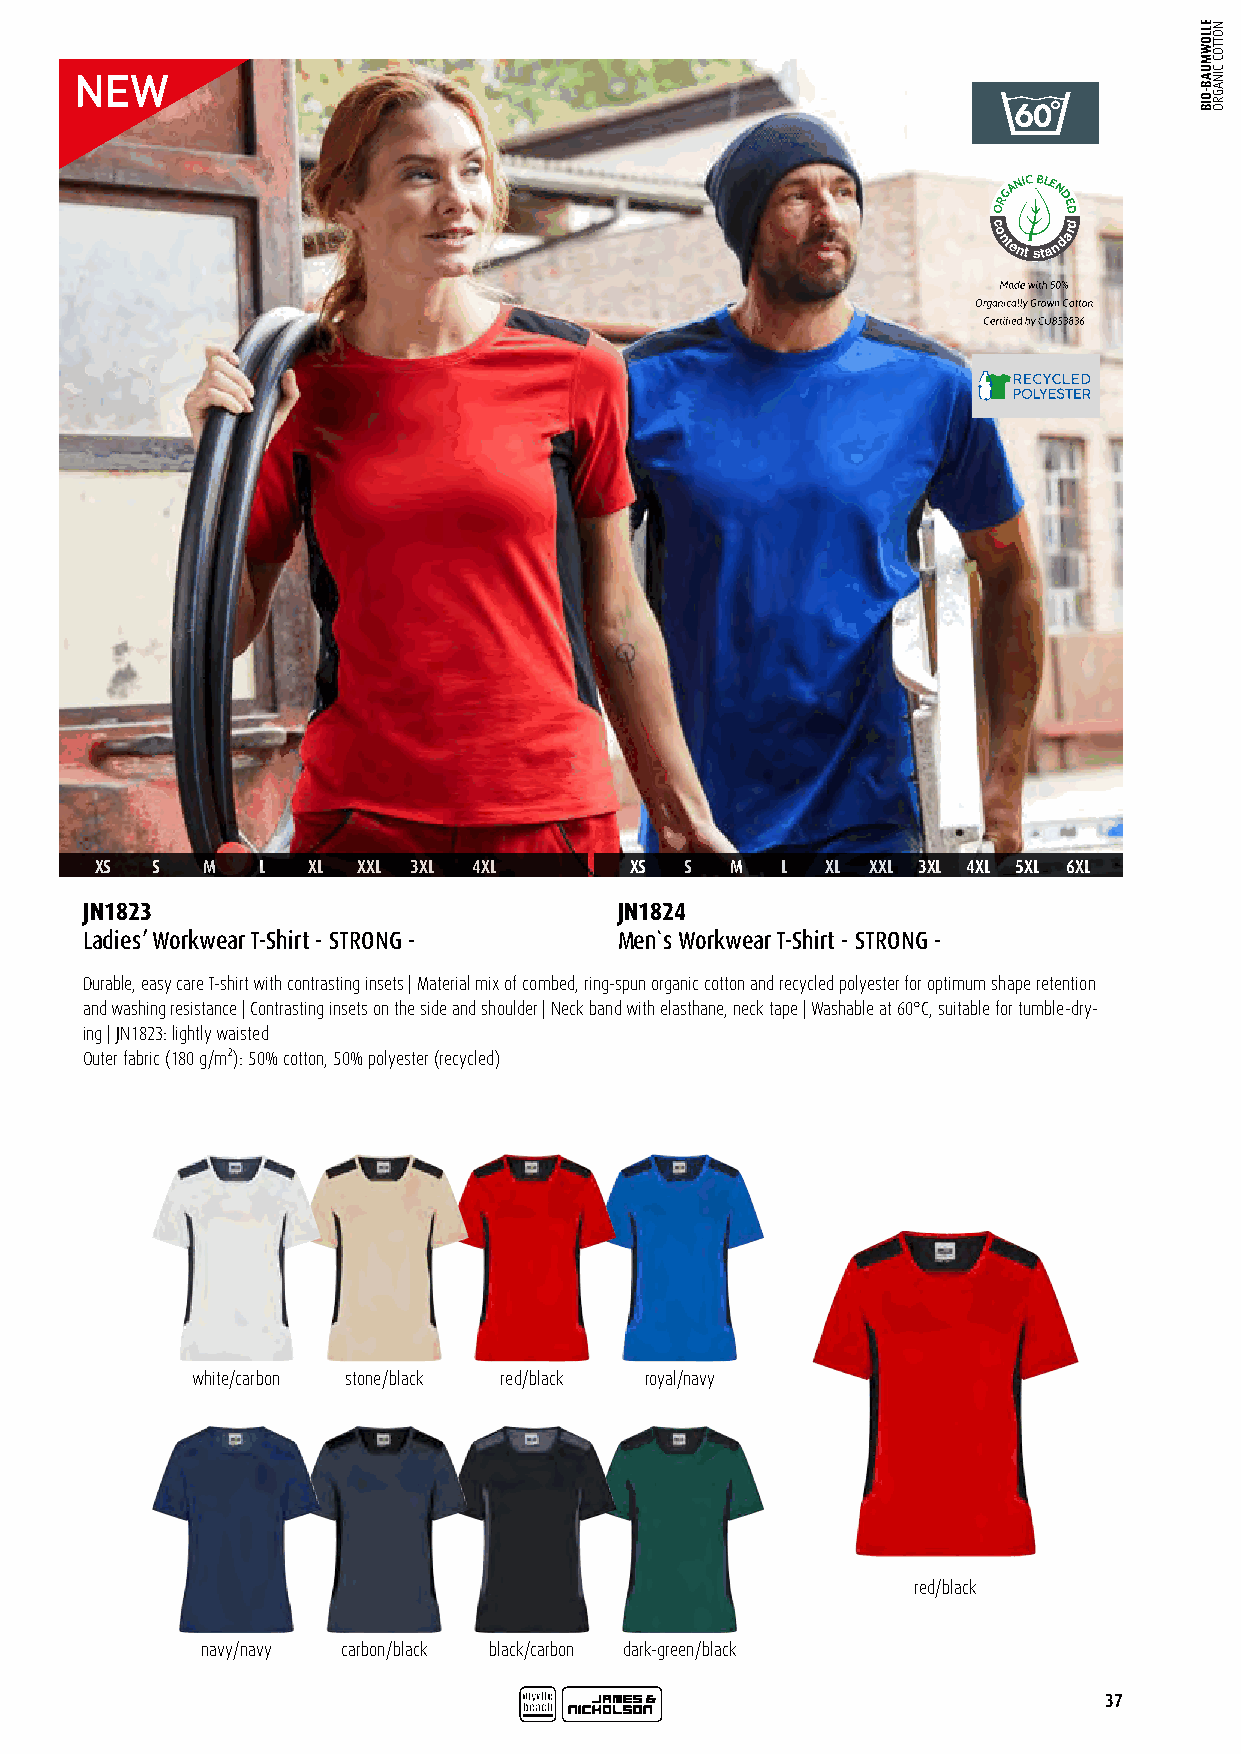
GANIC BLE
 N
 OR  DED
 c
 o
 ntent
 sta
 ndard
 XS  S  M   L  XL  XXL 3XL 4XL       XS S  M   L  XL XXL 3XL 4XL 5XL 6XL
 JN1823                              JN1824
 Ladies’ Workwear T-Shirt - STRONG - Men`s Workwear T-Shirt - STRONG -
 Durable, easy care T-shirt with contrasting insets | Material mix of combed, ring-spun organic cotton and recycled polyester for optimum shape retention
 and washing resistance | Contrasting insets on the side and shoulder | Neck band with elasthane, neck tape | Washable at 60°C, suitable for tumble-dry-
 ing | JN1823: lightly waisted
 Outer fabric (180 g/m²): 50% cotton, 50% polyester (recycled)
 white/carbon stone/black red/black royal/navy
 red/black
 navy/navy carbon/black black/carbon dark-green/black
 37
 ELLOWMUAB-OIB NOTTOC
 CINAGRO